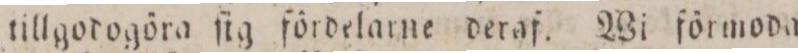
tillgodogöra ſig fördelarne deraf. Wi förmoda